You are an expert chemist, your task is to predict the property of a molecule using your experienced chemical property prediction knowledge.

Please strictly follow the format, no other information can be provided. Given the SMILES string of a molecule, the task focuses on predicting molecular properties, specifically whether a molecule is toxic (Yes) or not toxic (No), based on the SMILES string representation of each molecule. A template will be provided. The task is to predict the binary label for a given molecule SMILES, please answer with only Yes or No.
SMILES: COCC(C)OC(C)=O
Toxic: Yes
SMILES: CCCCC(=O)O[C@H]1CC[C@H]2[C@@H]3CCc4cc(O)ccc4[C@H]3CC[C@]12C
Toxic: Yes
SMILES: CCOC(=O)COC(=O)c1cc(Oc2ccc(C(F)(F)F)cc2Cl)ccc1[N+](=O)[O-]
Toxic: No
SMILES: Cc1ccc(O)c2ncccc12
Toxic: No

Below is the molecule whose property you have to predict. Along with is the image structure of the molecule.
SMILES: CC1=C(C)C(=O)C(CCCCC#CCCCC#CCO)=C(C)C1=O
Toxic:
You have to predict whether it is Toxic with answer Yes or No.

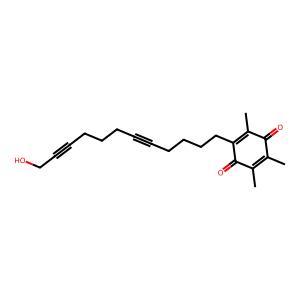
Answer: No